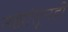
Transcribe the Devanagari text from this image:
नद्यांतूनही